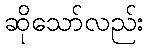
ဆိုသော်လည်း